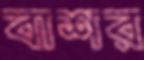
বাশর